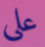
على